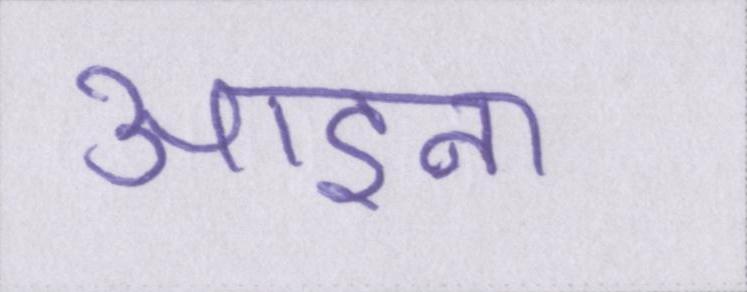
आइना